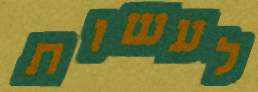
לעשות